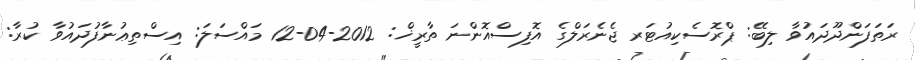
ރަތަފަންދޫދައުވާ ލިބޭ: ޕްރޮސެކިއުޓަރ ޖެނެރަލްގެ އޮފިސްއޮންނަ ތާރީޚް: 2012-04-12 މައްސަލަ: އިސްތިޢުނާފުދައުވާ ކުރާ: